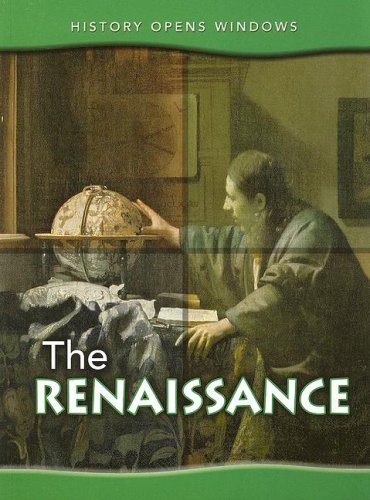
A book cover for The Renaissance (History Opens Windows); Jane Shuter; Children's Books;